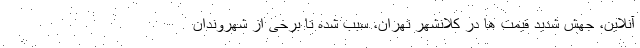
آنلاین، جهش شدید قیمت ها در کلانشهر تهران، سبب شده تا برخی از شهروندان